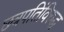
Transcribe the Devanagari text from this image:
छत्रपतिंविरुद्ध